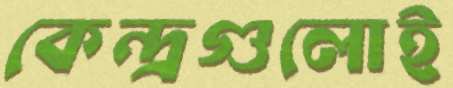
কেন্দ্রগুলোই